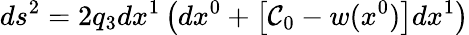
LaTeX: ds^{2}=2q_{3}dx^{1}\left(dx^{0}+\left[{\cal{C}}_{0}-w(x^{0})\right]dx^{1}\right)